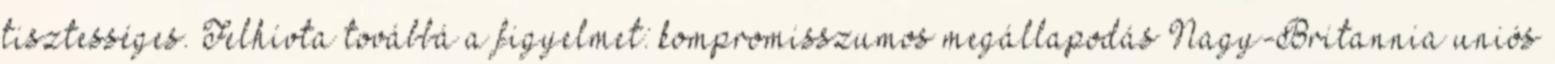
tisztességes. Felhívta továbbá a figyelmet: kompromisszumos megállapodás Nagy-Britannia uniós